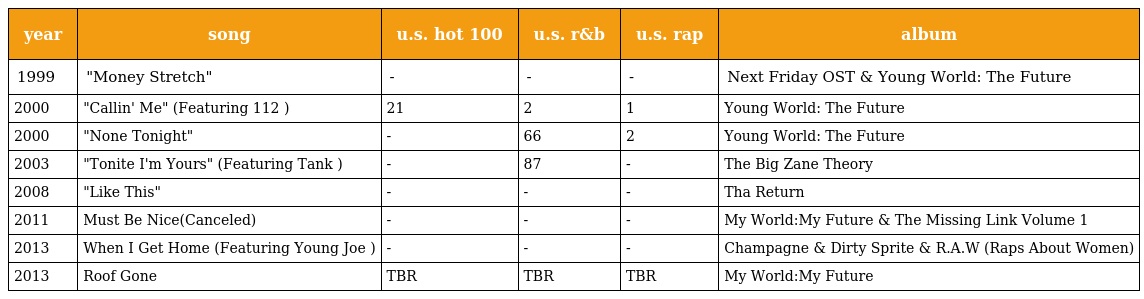
| year | song | u.s. hot 100 | u.s. r&b | u.s. rap | album |
 | --- | --- | --- | --- | --- | --- |
 | 1999 | "Money Stretch" | - | - | - | Next Friday OST & Young World: The Future |
 | 2000 | "Callin' Me" (Featuring 112 ) | 21 | 2 | 1 | Young World: The Future |
 | 2000 | "None Tonight" | - | 66 | 2 | Young World: The Future |
 | 2003 | "Tonite I'm Yours" (Featuring Tank ) | - | 87 | - | The Big Zane Theory |
 | 2008 | "Like This" | - | - | - | Tha Return |
 | 2011 | Must Be Nice(Canceled) | - | - | - | My World:My Future & The Missing Link Volume 1 |
 | 2013 | When I Get Home (Featuring Young Joe ) | - | - | - | Champagne & Dirty Sprite & R.A.W (Raps About Women) |
 | 2013 | Roof Gone | TBR | TBR | TBR | My World:My Future |